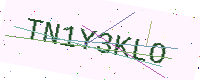
Text: TN1Y3KLO